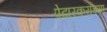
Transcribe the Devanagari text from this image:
पेढारकरांच्या